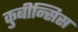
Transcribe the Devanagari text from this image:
कुबीन्सिस